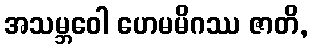
အသမ္ဘဝေါ ဟေမမိဂဿ ဇာတိ,